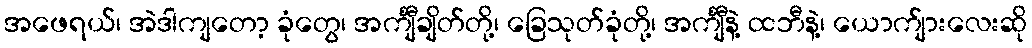
အဖေရယ်၊ အဲဒါကျတော့ ခုံတွေ၊ အင်္ကျီချိတ်တို့၊ ခြေသုတ်ခုံတို့၊ အင်္ကျီနဲ့ ထဘီနဲ့၊ ယောက်ျားလေးဆို